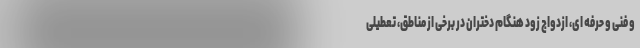
و فنی و حرفه ای، ازدواج زود هنگام دختران در برخی از مناطق، تعطیلی